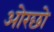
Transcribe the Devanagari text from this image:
ओरछो